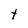
Character: t